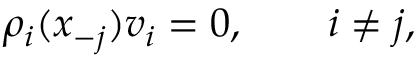
\rho _ { i } ( x _ { - j } ) v _ { i } = 0 , \qquad i \ne j ,